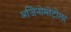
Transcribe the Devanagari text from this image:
अजिनोमोटोला